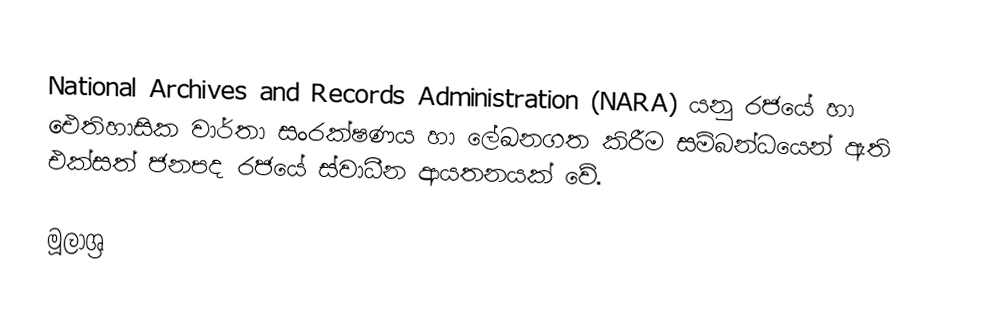
National Archives and Records Administration (NARA) යනු රජයේ හා ඓතිහාසික වාර්තා සංරක්ෂණය හා ලේඛනගත කිරීම සම්බන්ධයෙන් ඇති එක්සත් ජනපද රජයේ ස්වාධීන ආයතනයක් වේ.

මූලාශ්‍ර